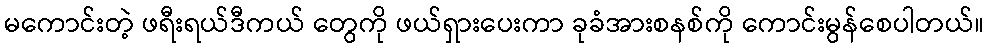
မကောင်းတဲ့ ဖရီးရယ်ဒီကယ် တွေကို ဖယ်ရှားပေးကာ ခုခံအားစနစ်ကို ကောင်းမွန်စေပါတယ်။